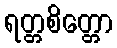
ရတ္တစိတ္တော